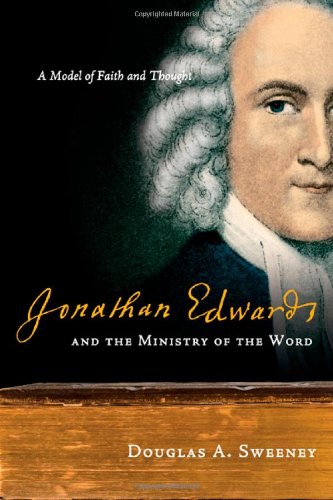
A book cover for Jonathan Edwards and the Ministry of the Word: A Model of Faith and Thought; Douglas A. Sweeney; Christian Books & Bibles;